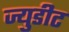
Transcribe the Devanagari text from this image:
ज्युडीट